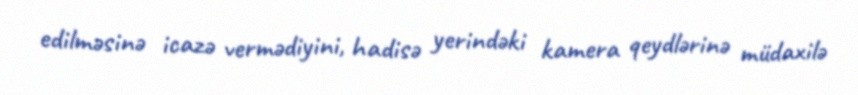
edilməsinə icazə vermədiyini, hadisə yerindəki kamera qeydlərinə müdaxilə